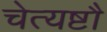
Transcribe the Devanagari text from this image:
चेत्यष्टौ